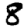
Digit: 8